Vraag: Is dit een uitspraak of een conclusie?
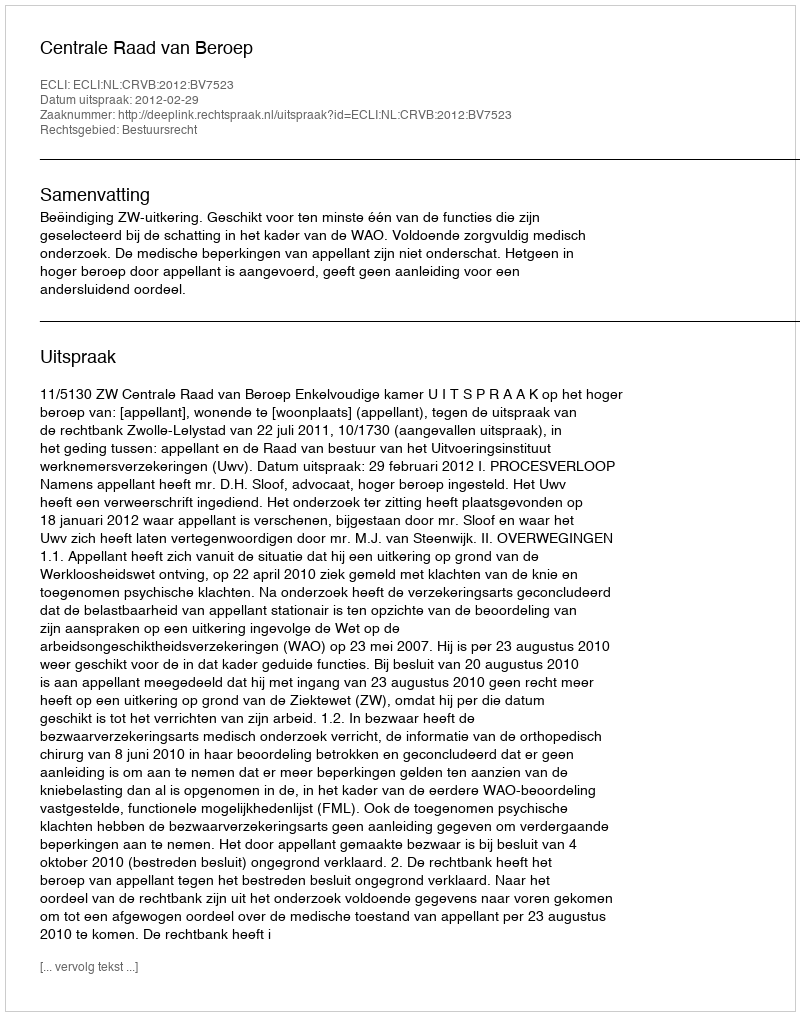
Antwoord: Uitspraak